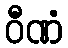
ဝီဏံ